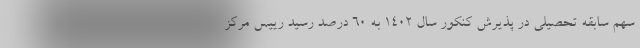
سهم سابقه تحصیلی در پذیرش کنکور سال ۱۴۰۲ به ۶۰ درصد رسید رییس مرکز